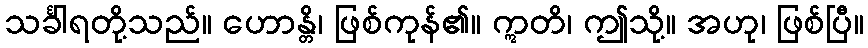
သင်္ခါရတို့သည်။ ဟောန္တိ၊ ဖြစ်ကုန်၏။ ဣတိ၊ ဤသို့။ အဟု၊ ဖြစ်ပြီ။